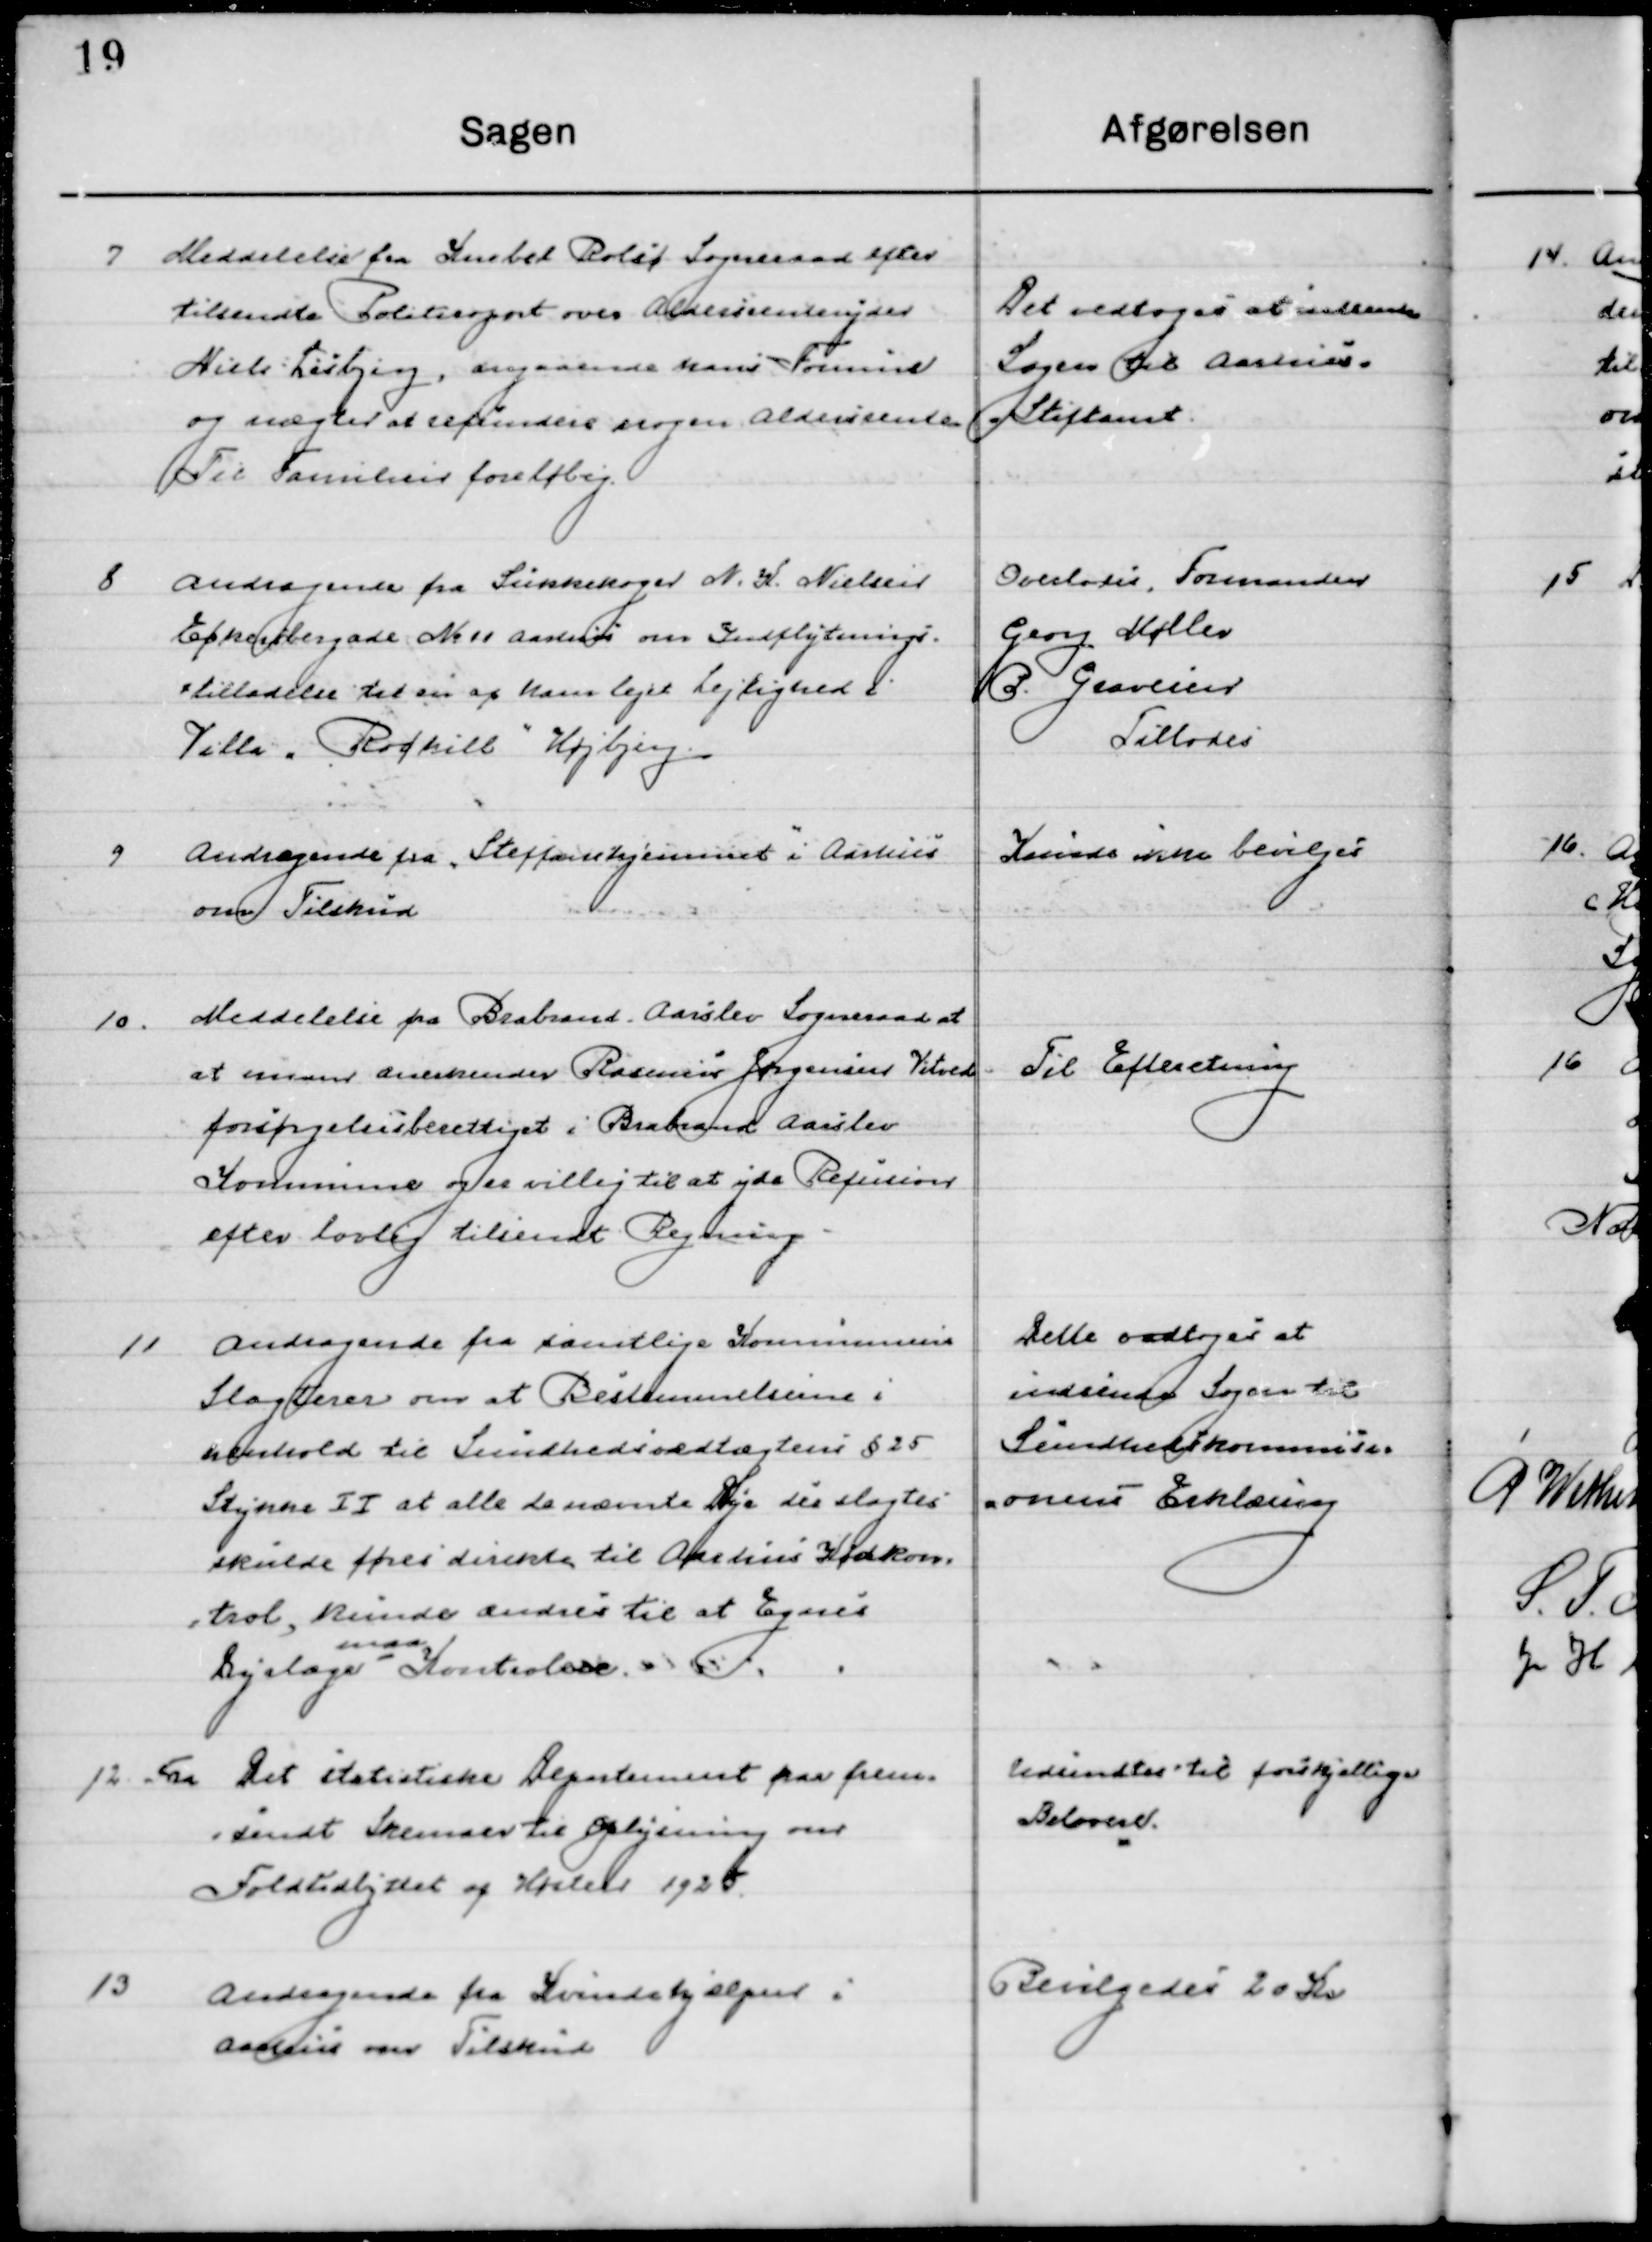
Transskription:
7

Meddelelse fra Hornslet Rolsø Sogneraad efter
tilsendt Politirapport over Aldersrenteyder
Niels Lisbjerg, angaaende hans Formue
og nægter at refundere nogen Aldersrente 
Til Familien foreløbig.

Det vedtoges at indsende
Sagen til Aarhus
Stiftsamt

8

Andragende fra Sukkekoger N. K. Nielsen
Eckersbergade № 11 Aarhus om Indflytnings-
tilladelse til en af ham lejet Lejlighed i
Villa ”Rødkill” Højbjerg.

Overlodes, Formanden
Georg Møller
P. Gravesen 
tillodes

9

Andragende fra ”Steffans hjemmet ” i Aarhus
om Tilskud.

Kunde ikke bevilges

10

Meddelelse fra Brabrand, Aarslev Sogneraad at
man anerkender Rasmus Jørgensen Vitved
forsørgelsesberettiget i Brabrand Aarslev.
Kommune og er villig til at yde Refusion 	
efter lovlig tilsendt Regning.

Til Efterretning

11

Andragende fra samtlige kommuners
Slagterer om at Bestemmelserne i
henhold til Sundhedsvedtægtens § 25
Stykke II at alle de nævnte dyr der slagtes
skulle føres direkte til Aarhus Kødkon-
trol, kunne ændres til at Egnes 
Dyrlæge
maa
Kontrollere.

Det vedtoges at 
Indsende Sagen til
Sundhedskom-
munens Erklæring

12

Fra Det statistiske Departement fra frem-
sendt Skemaer til oplysning om
Foldudbyttet af Høsten 1925.

Udsendes til forskjellige
Beboere

13

Andragende fra Kvindehjælpen i
Aarhus om Tilskud.

Bevilgedes 20 Kr.